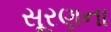
સૂરણના